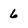
Character: 6